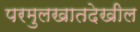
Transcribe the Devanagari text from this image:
परमुलखातदेखील